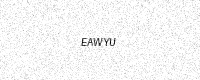
Text: EAWYU